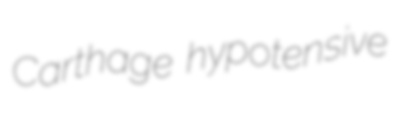
Carthage hypotensive